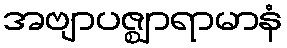
အဗျာပဇ္ဈာရာမာနံ